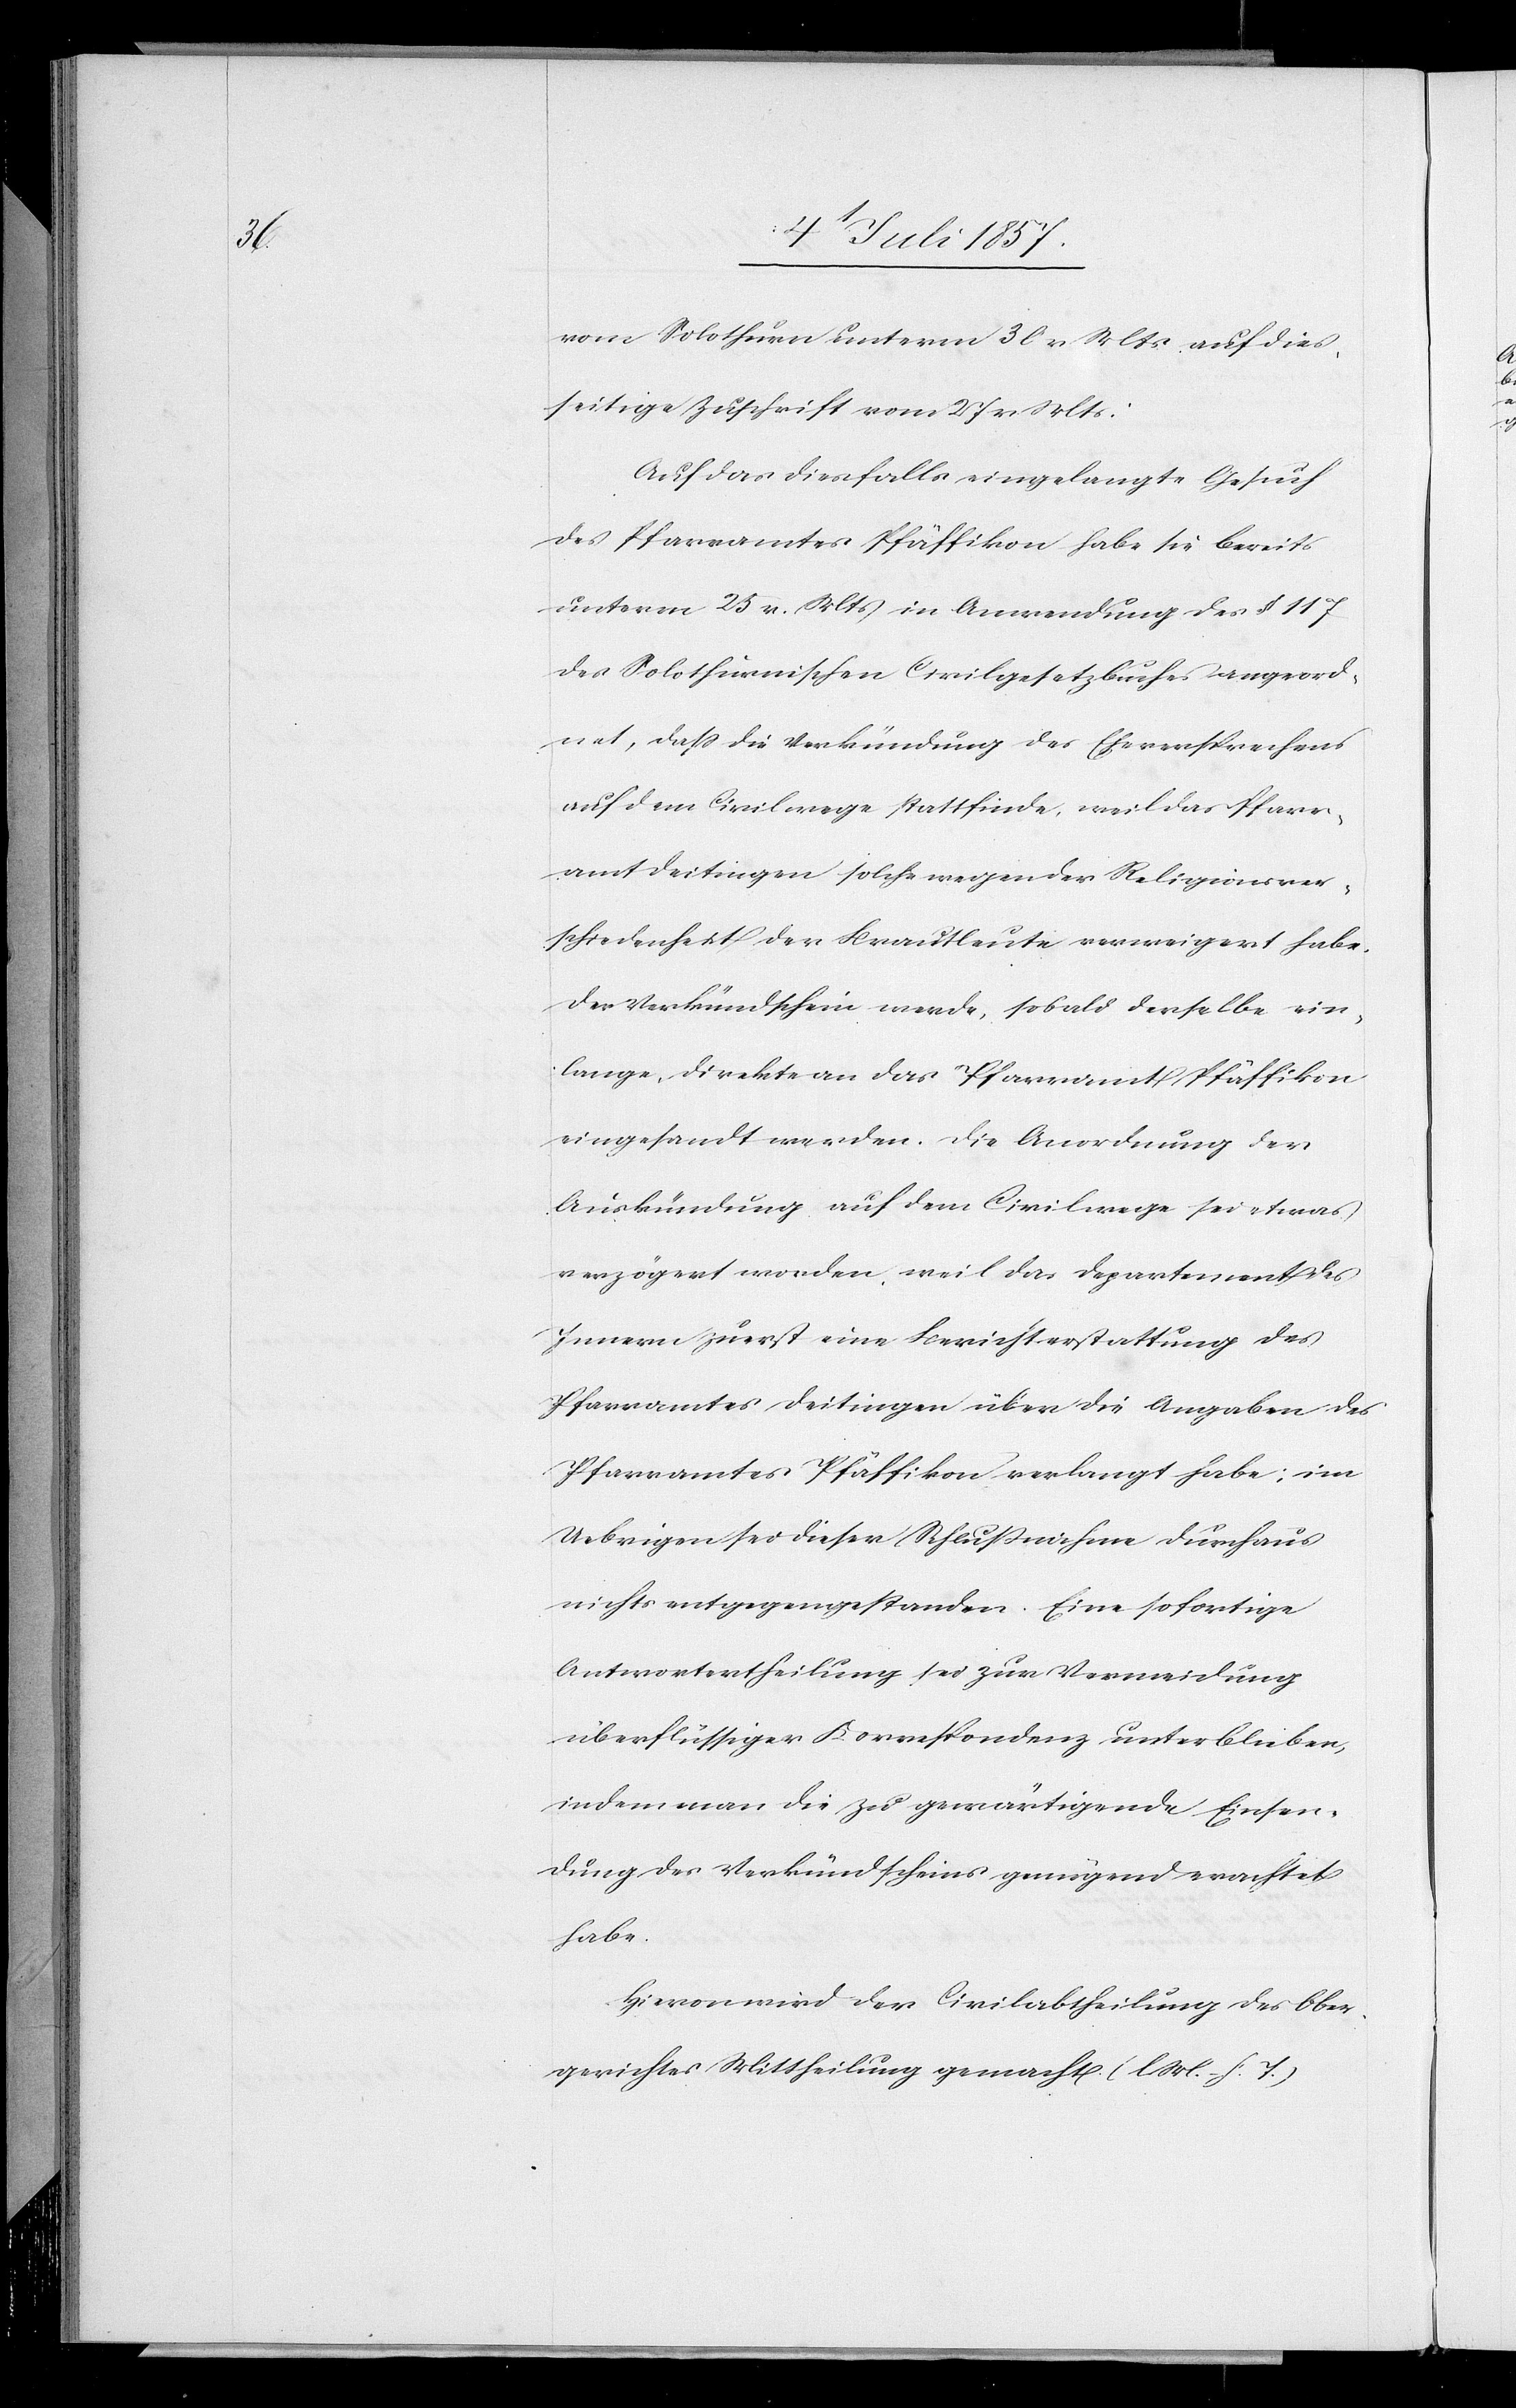
vom Solothurn unterm 3 l. Mts. auf dies¬
seitige Zuschrift vom 27 v. Mts:
Auf das diesfalls eingelangte Gesuch
des Pfarramtes Pfäffikon habe sie bereits
unterm 25 v. Mts. in Anwendung des § 117
des Solothurnischen Civilgesetzbuches angeord¬
net, daß die Verkündung des Eheversprechens
auf dem Civilwege stattfinde, weil das Pfarr¬
amt Deitingen solche wegen der Religionsver¬
schiedenheit der Brautleute verweigert habe.
Der Verkündschein werde, sobald derselbe ein¬
lange, direkte an das Pfarramt Pfäffikon
eingesandt werden. Die Anordnung der
Auskündung auf dem Civilwege sei etwas
verzögert worden, weil das Departement des
Innern zuerst eine Berichterstattung des
Pfarramtes Deitingen über die Angaben des
Pfarramtes Pfäffikon verlangt habe; im
Uebrigen sei dieser Schlußnahme durchaus
nichts entgegengestanden. Eine sofortige
Antwortertheilung sei zur Vermeidung
überflüssiger Korrespondenz unterblieben,
indem man die zu gewärtigende Einsen¬
dung des Verkündscheines genügend erachtet
habe.
Hievon wird der Civilabtheilung des Ober¬
gerichtes Mittheilung gemacht. [l. M. h. T]